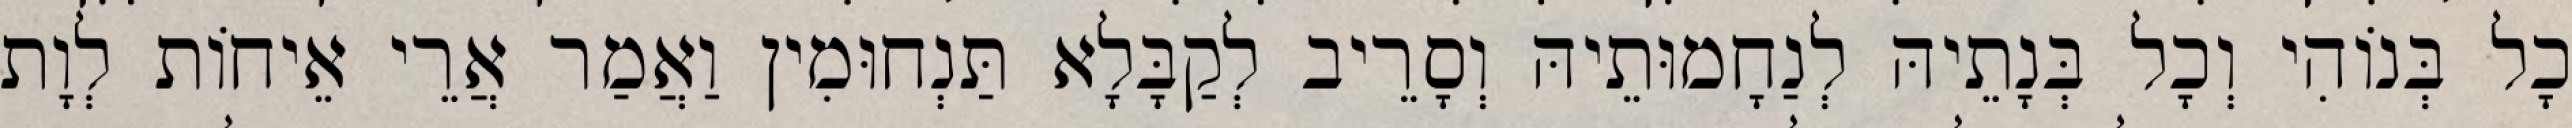
כָל בְּנוֹהִי וְכָל בְּנָתֵיהּ לְנַחָמוּתֵיהּ וְסָרֵיב לְקַבָּלָא תַּנְחוּמִין וַאֲמַר אֲרֵי אֵיחוֹת לְוָת